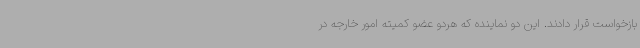
بازخواست قرار دادند. این دو نماینده که هردو عضو کمیته امور خارجه در